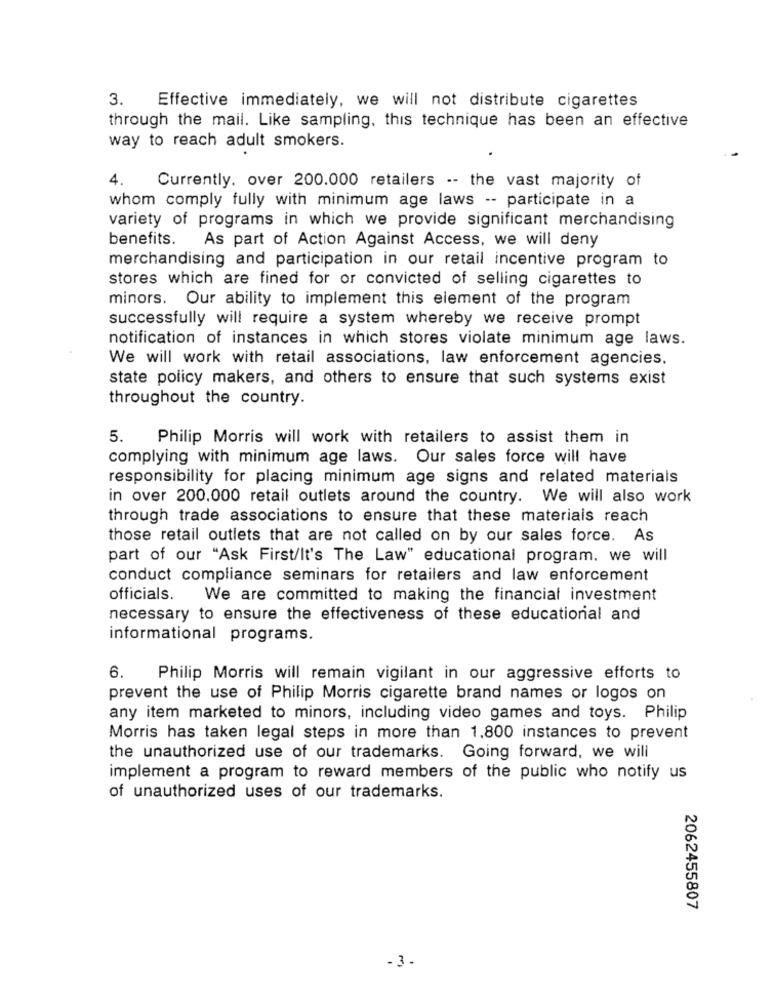
3.
Effective immediately, we will not distribute cigarettes
through the mail. Like sampling, this technique has been an effective
way to reach adult smokers.
4.
Currently. over 200.000 retailers -- the vast majority of
whom comply fully with minimum age laws -- participate in a
variety of programs in which we provide significant merchandising
benefits. As part of Action Against Access, we will deny
merchandising and participation in our retail incentive program to
stores which are fined for or convicted of selling cigarettes to
minors. Our ability to implement this element of the program
successfully will require a system whereby we receive prompt
notification of instances in which stores violate minimum age laws.
We will work with retail associations, law enforcement agencies,
state policy makers, and others to ensure that such systems exist
throughout the country.
5. Philip Morris will work with retailers to assist them in
complying with minimum age laws. Our sales force will have
responsibility for placing minimum age signs and related materials
in over 200.000 retail outlets around the country. We will also work
through trade associations to ensure that these materials reach
those retail outlets that are not called on by our sales force. As
part of our "Ask First/It's The Law" educational program. we will
conduct compliance seminars for retailers and law enforcement
officials. We are committed to making the financial investment
necessary to ensure the effectiveness of these educational and
informational programs.
6.
Philip Morris will remain vigilant in our aggressive efforts to
prevent the use of Philip Morris cigarette brand names or logos on
any item marketed to minors, including video games and toys. Philip
Morris has taken legal steps in more than 1,800 instances to prevent
the unauthorized use of our trademarks. Going forward, we will
implement a program to reward members of the public who notify us
of unauthorized uses of our trademarks.
2062455807
-3.